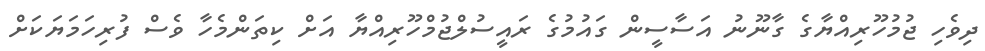
ދިވެހި ޖުމުހޫރިއްޔާގެ ގާނޫނު އަސާސީން ގައުމުގެ ރައީސުލްޖުމްހޫރިއްޔާ އަށް ކިތަންމެހާ ވެސް ފުރިހަމަޔަކަށް